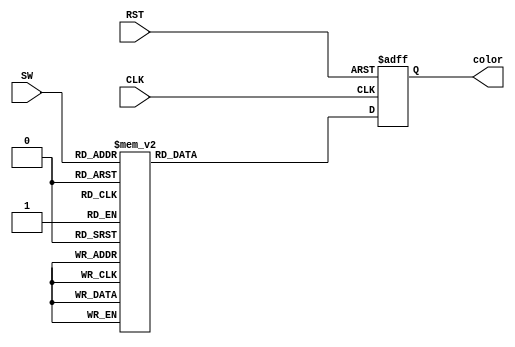
module rom (
    input CLK,
    input RST,
    input [3:0] SW,
    output reg [23:0] color
);

always @(posedge CLK or posedge RST) begin
    if (RST) begin
        color <= 23'h00_00_00;
    end
    else if (CLK) begin
        case (SW)
            4'b0000 : color <= 23'hFF_FF_FF;
            4'b0001 : color <= 23'hFF_00_00;
            4'b0010 : color <= 23'h00_FF_00;
            4'b0011 : color <= 23'h00_00_FF;
            4'b0100 : color <= 23'hFF_FF_00;
            4'b0101 : color <= 23'hFF_00_FF;
            4'b0110 : color <= 23'h00_FF_FF;
            4'b0111 : color <= 23'h00_00_00;
            4'b1000 : color <= 23'h00_00_00;
            4'b1001 : color <= 23'h00_00_00;
            default : color <= 23'h00_00_00;
        endcase
    end
end

endmodule